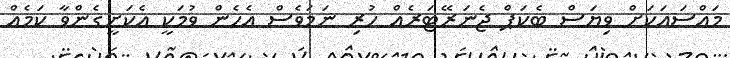
މައްސައަކަށް ވިޔަސް ބެކަޕް ޖެނަރޭޓަރެއް ހުރި ނަމަވެސް އެހެން ވުމަކީ އެކަށީގެންވާ ކަމެއް